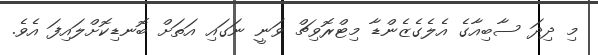
މި ދިދަ ސާބިއާގެ އެލެގެޒެންޑާ މިޓްރޮވިޗް ވަނީ ނަގައި އަތަށް ބޮނޑިކޮށްލައިފަ އެވެ.